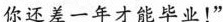
你还差一年才能毕业！”